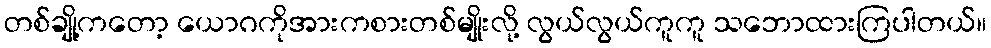
တစ်ချို့ကတော့ ယောဂကိုအားကစားတစ်မျိုးလို့ လွယ်လွယ်ကူကူ သဘောထားကြပါတယ်။